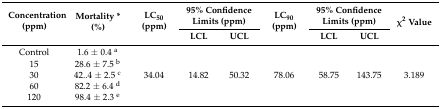
| <ROWSPAN=2> Concentration (ppm) | <ROWSPAN=2> Mortality * (%) | <ROWSPAN=2> LC50 (ppm) | <COLSPAN=2> 95% Confidence Limits (ppm) | <ROWSPAN=2> LC90 (ppm) | <COLSPAN=2> 95% Confidence Limits (ppm) | <ROWSPAN=2> χ2 Value |
 | LCL | UCL | LCL | UCL |
 | --- | --- | --- | --- | --- | --- | --- | --- | --- |
 | Control | 1.6 ± 0.4 a | <ROWSPAN=5> 34.04 | <ROWSPAN=5> 14.82 | <ROWSPAN=5> 50.32 | <ROWSPAN=5> 78.06 | <ROWSPAN=5> 58.75 | <ROWSPAN=5> 143.75 | <ROWSPAN=5> 3.189 |
 | 15 | 28.6 ± 7.5 b |
 | 30 | 42..4 ± 2.5 c |
 | 60 | 82.2 ± 6.4 d |
 | 120 | 98.4 ± 2.3 e |